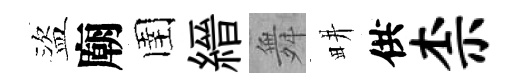
盜廟圉縉舞畊供柰